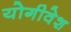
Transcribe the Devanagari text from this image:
योगीवेश